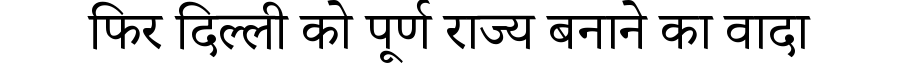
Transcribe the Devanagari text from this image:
फिर दिल्ली को पूर्ण राज्य बनाने का वादा